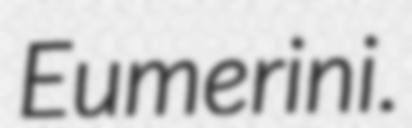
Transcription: Eumerini.